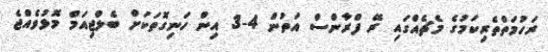
ރަހުމަތްތެރިކަމުގެ މެޗެއްގައި ރޭ ފްރާންސް އަތުން 4-3 އިން ހަނިގޮތަކަށް ބެލްޖިއަމް މޮޅުވެއްޖެ